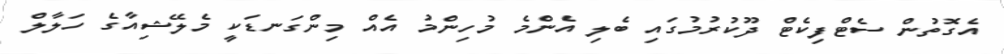
އެގޮތުން ސެޓްފިކެޓް ދޫކުރުމުގައި ބެލި އެންމެ މުހިންމު އެއް މިންގަނޑަކީ މެލޭޝިއާގެ ހަލާލް